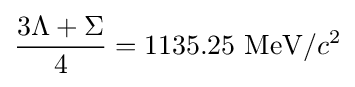
{\frac {3\Lambda +\Sigma }{4}}=1135.25~\mathrm {MeV} /c^{2}